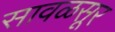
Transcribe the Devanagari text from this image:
सावळसूर